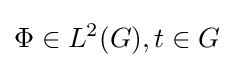
\Phi \in L^{2}(G),t\in G